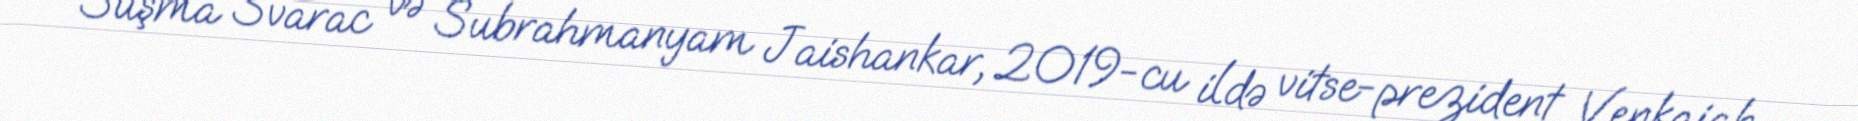
Suşma Svarac və Subrahmanyam Jaishankar, 2019-cu ildə vitse-prezident Venkaiah